Vaccination report Assam 1874-1896 - 1874-1896
Year: 1874
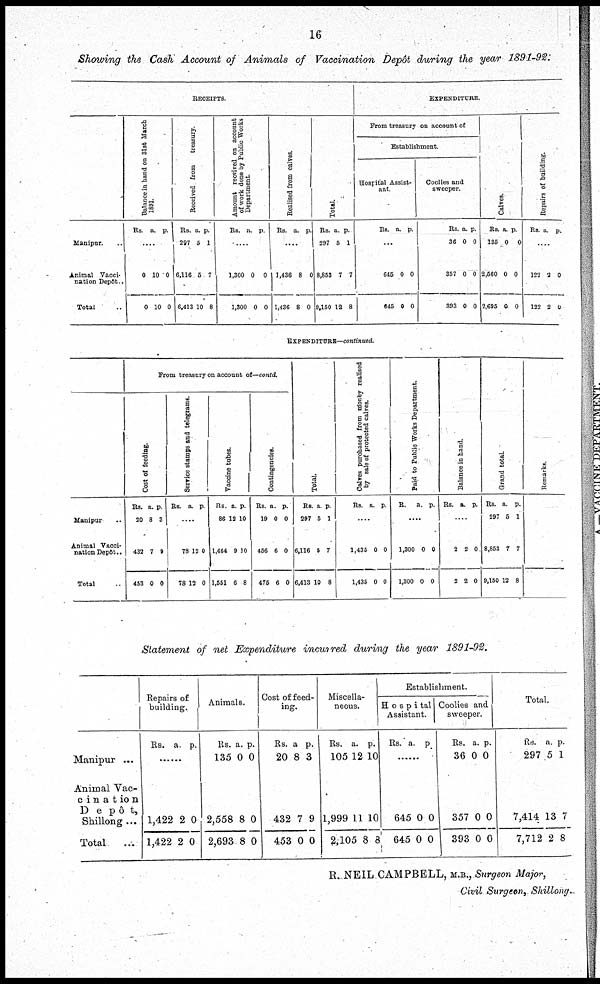
16
Showing the Cash Account of Animals of Vaccination Depôt during the year 1891-92:
RECEIPTS
Manipur. ..
Animal Vacci-
nation Depôt..
Total ..
Balance in hand on 31st March
1891.
Rs. a. p.
....
0
0
10
10
0
0
Received from
treasury.
Rs.
297
6,116
6,413
a.
5
5
10
p.
1
7
8
Amount received on account
of work done by Public Works
Department.
Rs. a. p.
....
1,300
1,300
0
0
0
0
Realised from calves.
Rs. a. p.
....
1,436
1,436
8
8
0
0
Total.
Rs.
297
8,853
9,150
a
5
7
12
p.
1
7
8
EXPENDITURE.
From treasury on account of
Establishment.
Hospital Assist-
ant.
Rs. a. p.
...
645
645
0
0
0
0
Coolies and
sweeper
Rs.
36
357
393
a.
0
0
0
p.
0
0
0
Calves.
Rs.
135
2,560
2,695
a.
0
0
0
p.
0
0
0
Repairs of building.
Rs. a. p.
....
122
122
2
2
0
0
EXPENDITURE—continued.
Manipur ..
Animal Vacci-
nation Depôt..
Total ..
From treasury on account of—contd.
Cost of feeding.
Rs.
20
432
453
a.
8
7
0
p.
3
9
0
Service stamps and telegrams.
Rs. a. p.
....
78
78
12
12
0
0
Vaccine tubes.
Rs.
86
1,464
1,551
a.
12
9
6
p.
10
10
8
Contingencies.
Rs.
19
456
475
a.
0
6
6
p.
0
0
0
Total.
Rs.
297
6,116
6,413
a.
5
5
10
p.
1
7
8
Calves purchased from money realised
by sale of protected calves.
Rs. a. p.
....
1,435
1,435
0
0
0
0
Paid to Public Works Department.
R.
a. p.
....
1,300
1,300
0
0
0
0
Balance in hand.
Rs. a. p.
....
2
2
2
2
0
0
Grand total.
Rs.
297
8,853
9,150
a.
5
7
12
p.
1
7
8
Remarks.
Statement of net Expenditure incurred during the year 1891-92.
Manipur ...
Animal Vac¬
cination
Depôt,
Shillong...
Total ...
Repairs of
building.
Rs. a. p.
......
1,422
1,422
2
2
0
0
Animals.
Rs.
135
2,558
2,693
a.
0
8
8
p.
0
0
0
Cost of feed-
ing.
Rs.
20
432
453
a
8
7
0
p.
3
9
0
Miscella-
neous.
Rs.
105
1,999
1,105
a.
12
11
8
p.
10
10
8
Establishment.
Hospital
Assistant.
Rs. a. p.
......
645
645
0
0
0
0
Coolies and
sweeper.
Rs.
36
357
393
a.
0
0
0
p.
0
0
0
Total.
Rs.
297
7,414
7,712
a.
5
13
2
p.
1
7
8
R. NEIL CAMPBELL, M.B., Surgeon Major,
Civil Surgeon, Shillong.